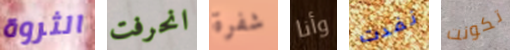
الثروة انحرفت شفرة وأنا نفدت تكونت